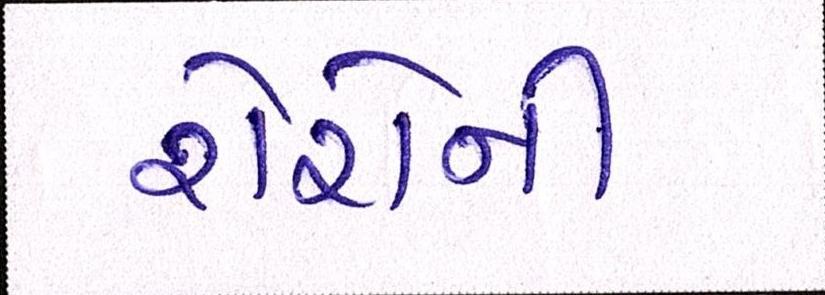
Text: શેરોની